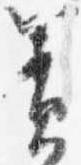
簀